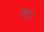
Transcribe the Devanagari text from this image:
निष्टुरा